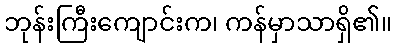
ဘုန်းကြီးကျောင်းက၊ ကန်မှာသာရှိ၏။